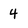
Character: 4